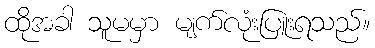
ထိုအခါ သူမမှာ မျက်လုံးပြူးရသည်။